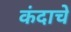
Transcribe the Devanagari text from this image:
कंदाचे